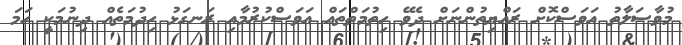
މުވާސަލާތު އަވަސްކޮށް ރައްޔިތުންނަށް ދެވޭ ހިތުމަތްތައް އަވަސްކުރުމާއި ރަނގަޅު ހިދުމަތެއް ދިނުމަކީ ހަމަ